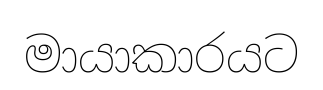
මායාකාරයට